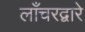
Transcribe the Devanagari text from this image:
लाँचरद्वारे